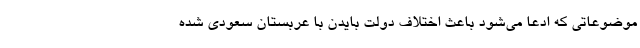
موضوعاتی که ادعا می‌شود باعث اختلاف دولت بایدن با عربستان سعودی شده